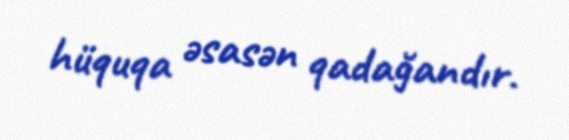
hüquqa əsasən qadağandır.